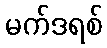
မက်ဒရစ်